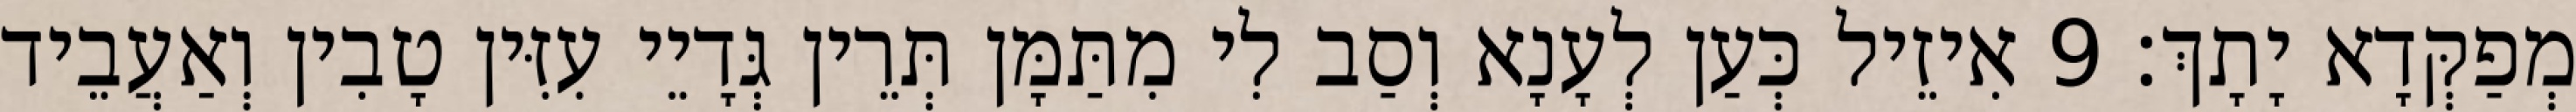
מְפַקְּדָא יָתָךְ׃ 9 אִיזֵיל כְּעַן לְעָנָא וְסַב לִי מִתַּמָּן תְּרֵין גְּדָיֵי עִזִּין טָבִין וְאַעֲבֵיד